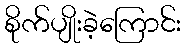
စိုက်ပျိုးခဲ့ကြောင်း